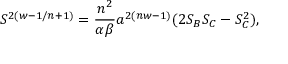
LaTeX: S ^ { 2 ( w - 1 / n + 1 ) } = { \frac { n ^ { 2 } } { \alpha \beta } } a ^ { 2 ( n w - 1 ) } ( 2 S _ { B } S _ { C } - S _ { C } ^ { 2 } ) ,